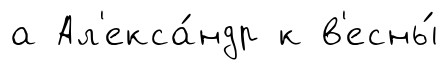
а Ал'екса́ндр к в'есны́